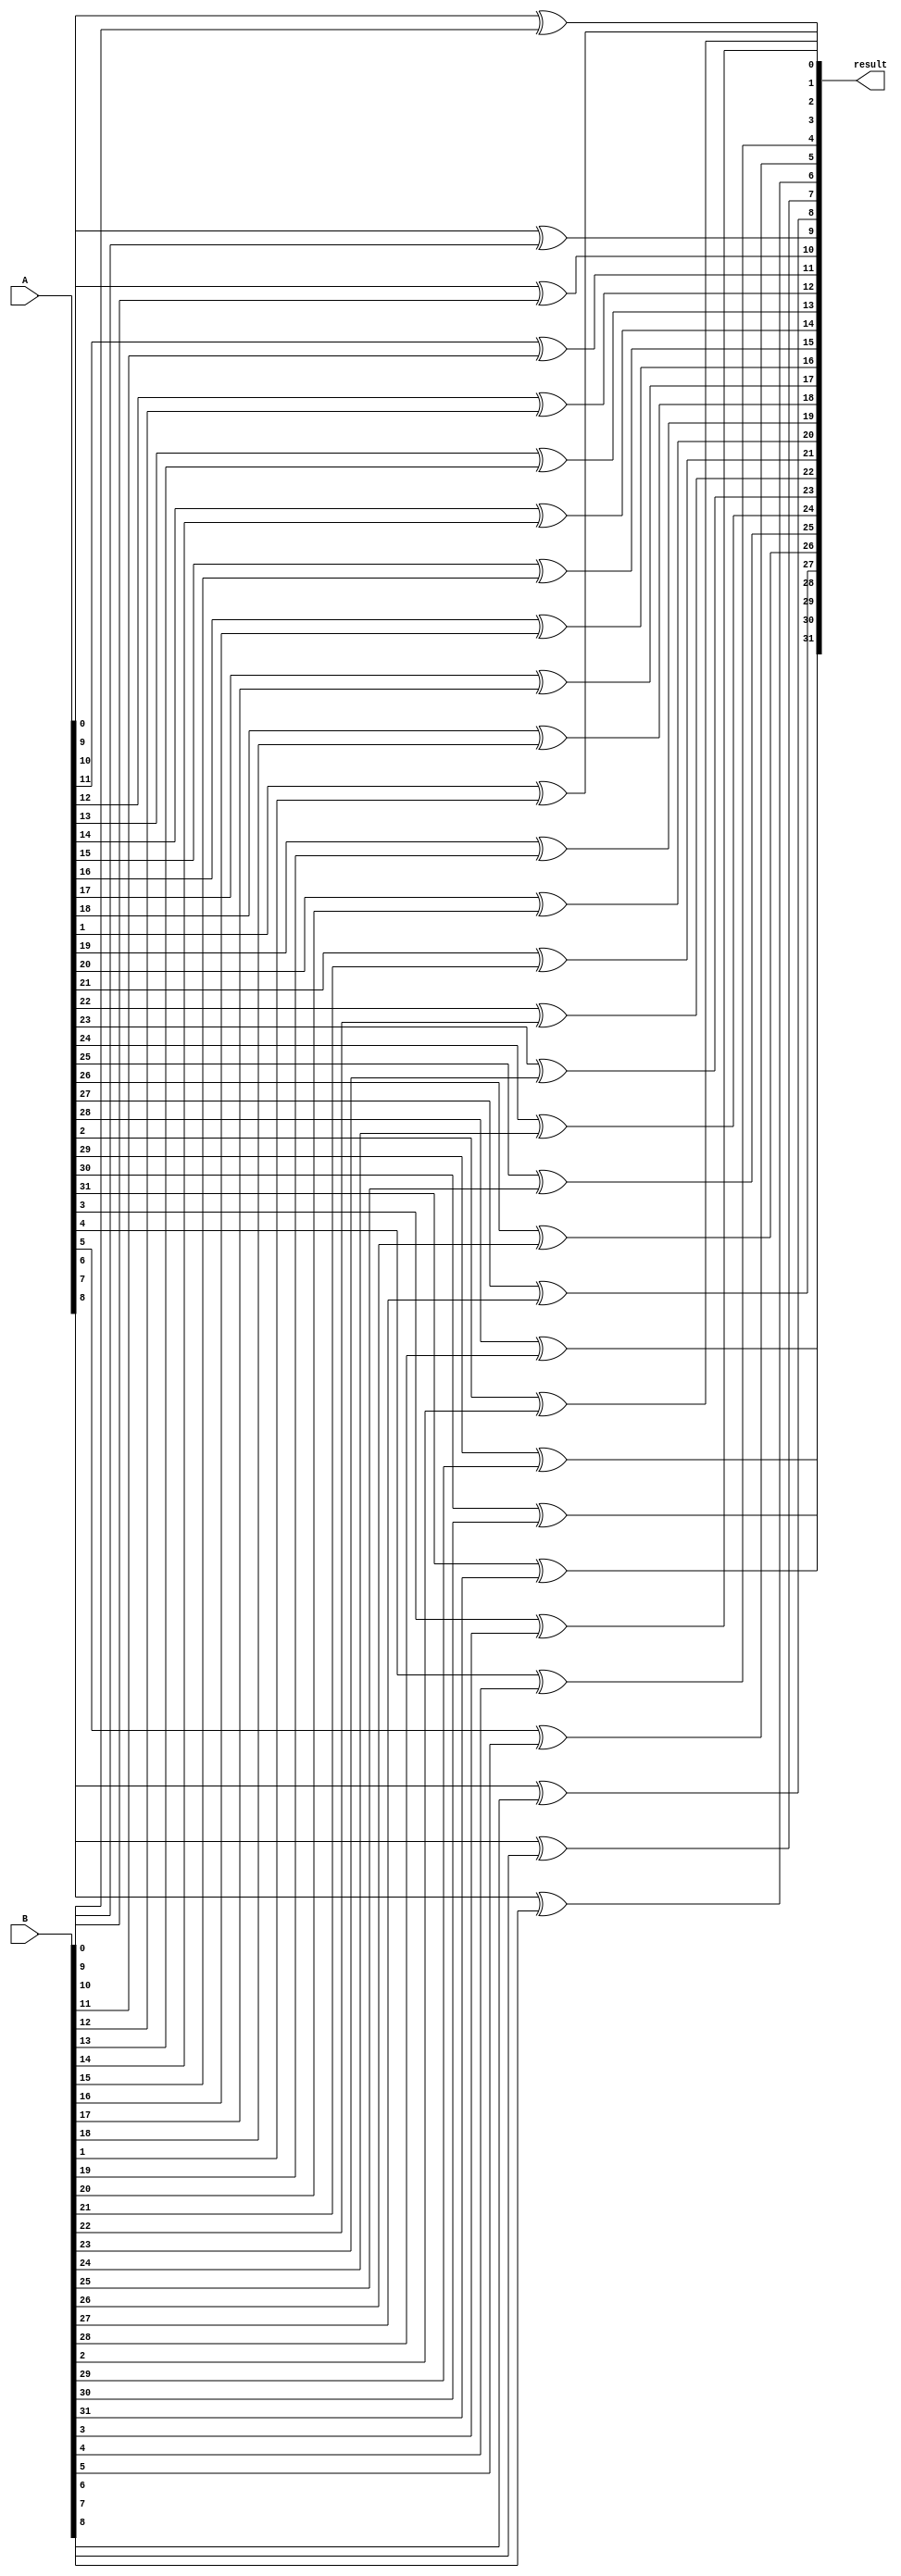
module xor_32bits(input [31:0] A, input [31:0] B, output [31:0] result);
	
	genvar i;
	// for loop for and2
	generate 
		for (i=0; i<32; i = i+1) begin: mygate
			xor xorgate(result[i], A[i], B[i]);
		end
	endgenerate

endmodule